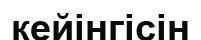
кейінгісін